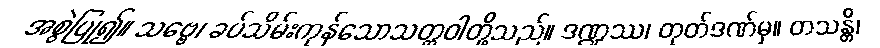
အစွဲပြု၍။ သဗ္ဗေ၊ ခပ်သိမ်းကုန်သောသတ္တဝါတို့သည်။ ဒဏ္ဍဿ၊ တုတ်ဒဏ်မှ။ တသန္တိ၊